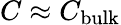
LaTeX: C\approx C_{\mathrm{bulk}}